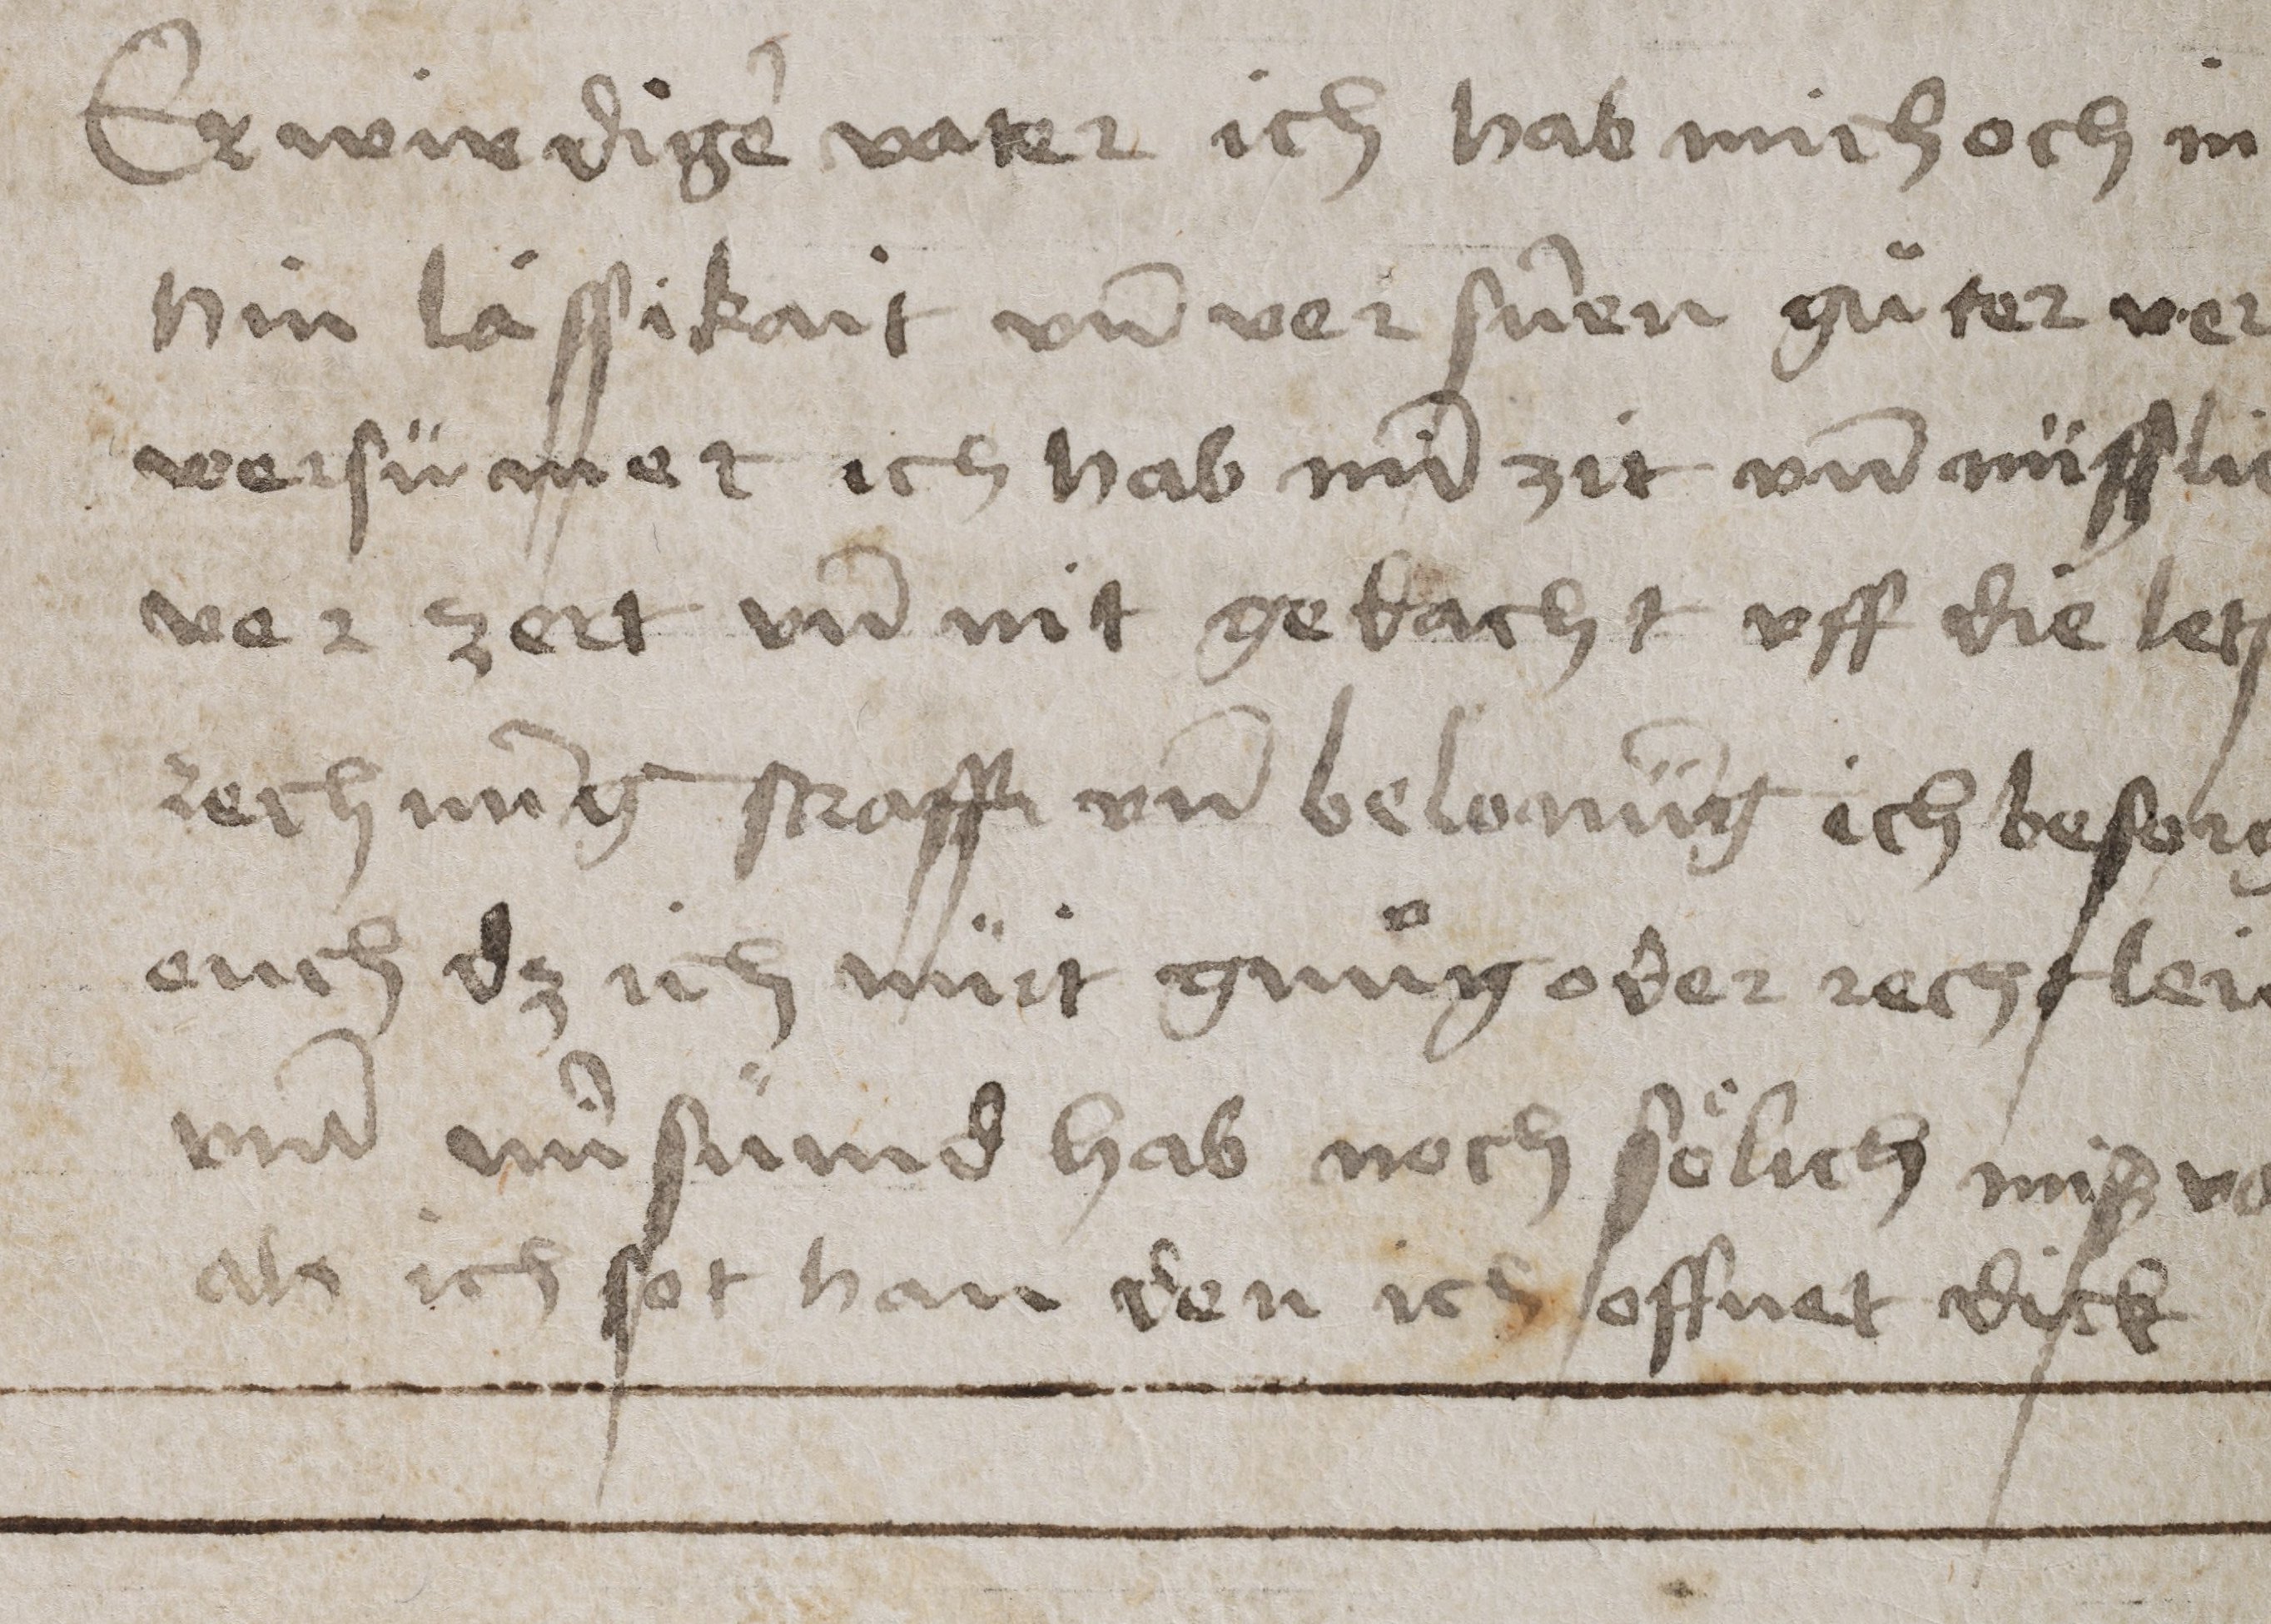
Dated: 1475–1499